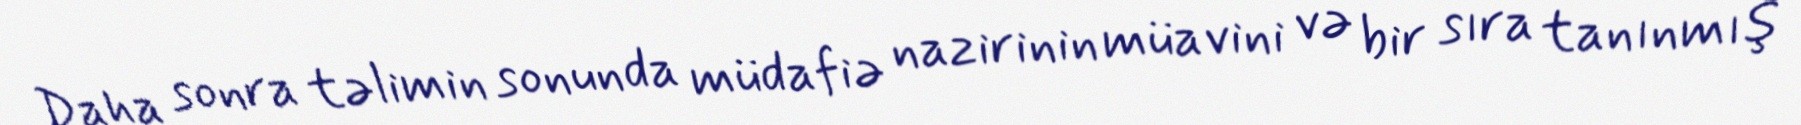
Daha sonra təlimin sonunda müdafiə nazirinin müavini və bir sıra tanınmış